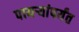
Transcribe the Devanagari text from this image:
पायऱ्यांपर्यंत